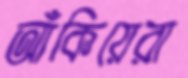
আঁকিয়েরা